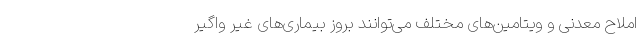
املاح معدنی و ویتامین‌های مختلف می‌توانند بروز بیماری‌های غیر واگیر